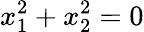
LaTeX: x_{1}^{2}+x_{2}^{2}=0